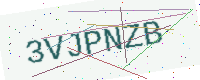
Text: 3VJPNZB